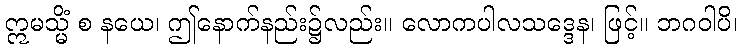
ဣမသ္မိံ စ နယေ၊ ဤနောက်နည်း၌လည်း။ လောကပါလသဒ္ဒေန၊ ဖြင့်။ ဘဂဝါပိ၊